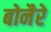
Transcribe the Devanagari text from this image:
बोनैरे